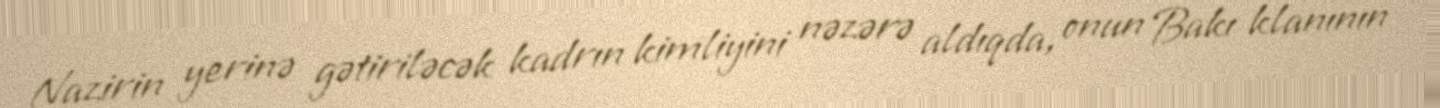
Nazirin yerinə gətiriləcək kadrın kimliyini nəzərə aldıqda, onun Bakı klanının